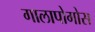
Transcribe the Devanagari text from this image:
गालापोगोस